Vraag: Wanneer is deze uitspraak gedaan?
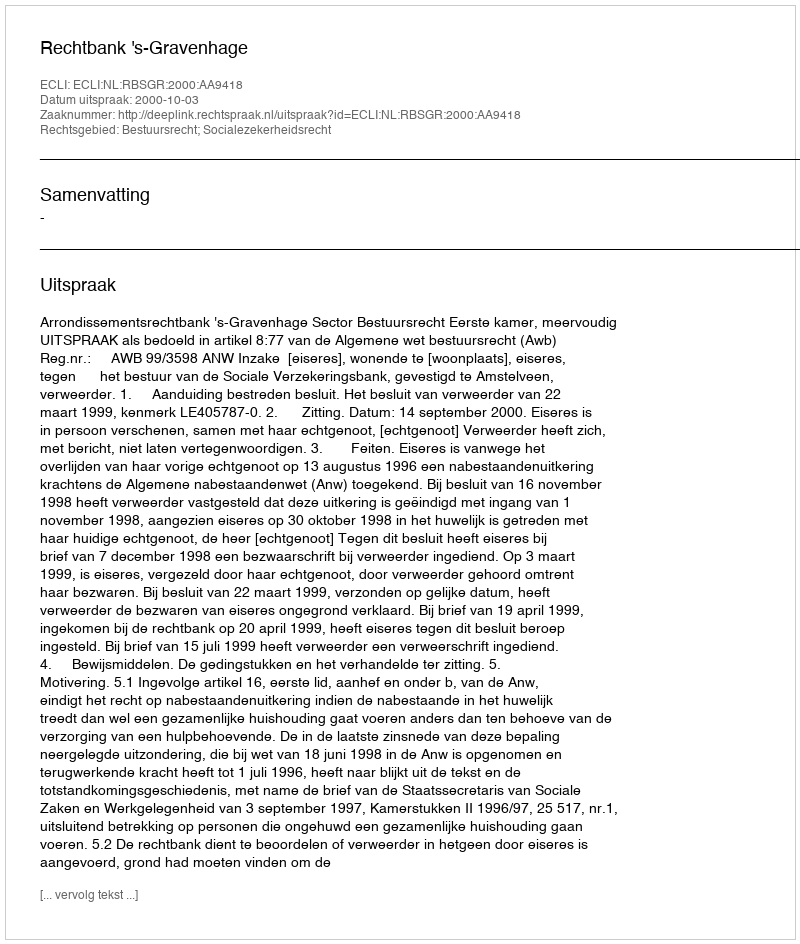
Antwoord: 2000-10-03